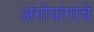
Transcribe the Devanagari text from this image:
अंगोपांगांचे